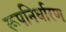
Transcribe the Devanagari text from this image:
रूपनिर्धारण